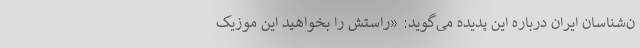
ن‌شناسان ایران درباره این پدیده می‌گوید: «راستش را بخواهید این موزیک